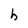
Character: h